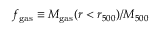
f _ { \mathrm { g a s } } \equiv M _ { \mathrm { g a s } } ( r < r _ { 5 0 0 } ) / M _ { 5 0 0 }